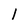
Character: 1